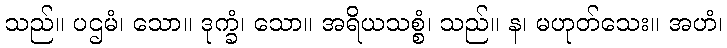
သည်။ ပဌမံ၊ သော။ ဒုက္ခံ၊ သော။ အရိယသစ္စံ၊ သည်။ န၊ မဟုတ်သေး။ အဟံ၊